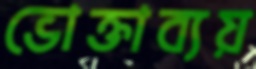
ভোক্তাব্যয়